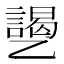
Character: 𱎐